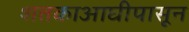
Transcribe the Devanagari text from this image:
शतकाआघीपासून